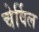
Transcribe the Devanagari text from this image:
चेर्विल